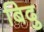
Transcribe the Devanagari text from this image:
बिदु